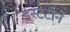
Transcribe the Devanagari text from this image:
इस्टेटीने